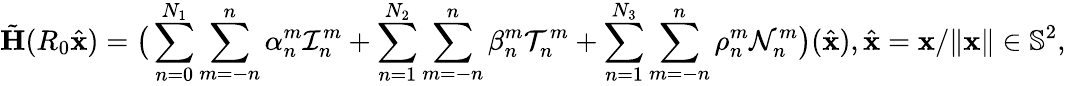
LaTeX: \tilde{\mathbf{H}}(R_{0}\hat{\mathbf{x}})=\big(\sum_{n=0}^{N_{1}}\sum_{m=-n}^{n}\alpha_{n}^{m}\mathcal{I}_{n}^{m}+\sum_{n=1}^{N_{2}}\sum_{m=-n}^{n}\beta_{n}^{m}\mathcal{T}_{n}^{m}+\sum_{n=1}^{N_{3}}\sum_{m=-n}^{n}\rho_{n}^{m}\mathcal{N}_{n}^{m}\big)(\hat{\mathbf{x}}),\hat{\mathbf{x}}=\mathbf{x}/\| \mathbf{x}\| \in\mathbb{S}^{2},